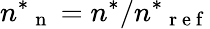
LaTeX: {n^{\ast}}_{\mathrm{~n~}}=n^{\ast}/{n^{\ast}}_{\mathrm{~r~e~f~}}